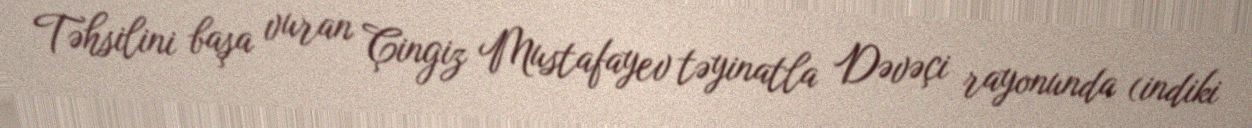
Təhsilini başa vuran Çingiz Mustafayev təyinatla Dəvəçi rayonunda (indiki